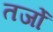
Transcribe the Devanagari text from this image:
तर्जो